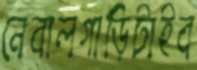
নেবালগাড়িটাইব